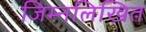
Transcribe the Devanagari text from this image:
जिम्नलिखित